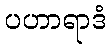
ပဟာရာဒံ